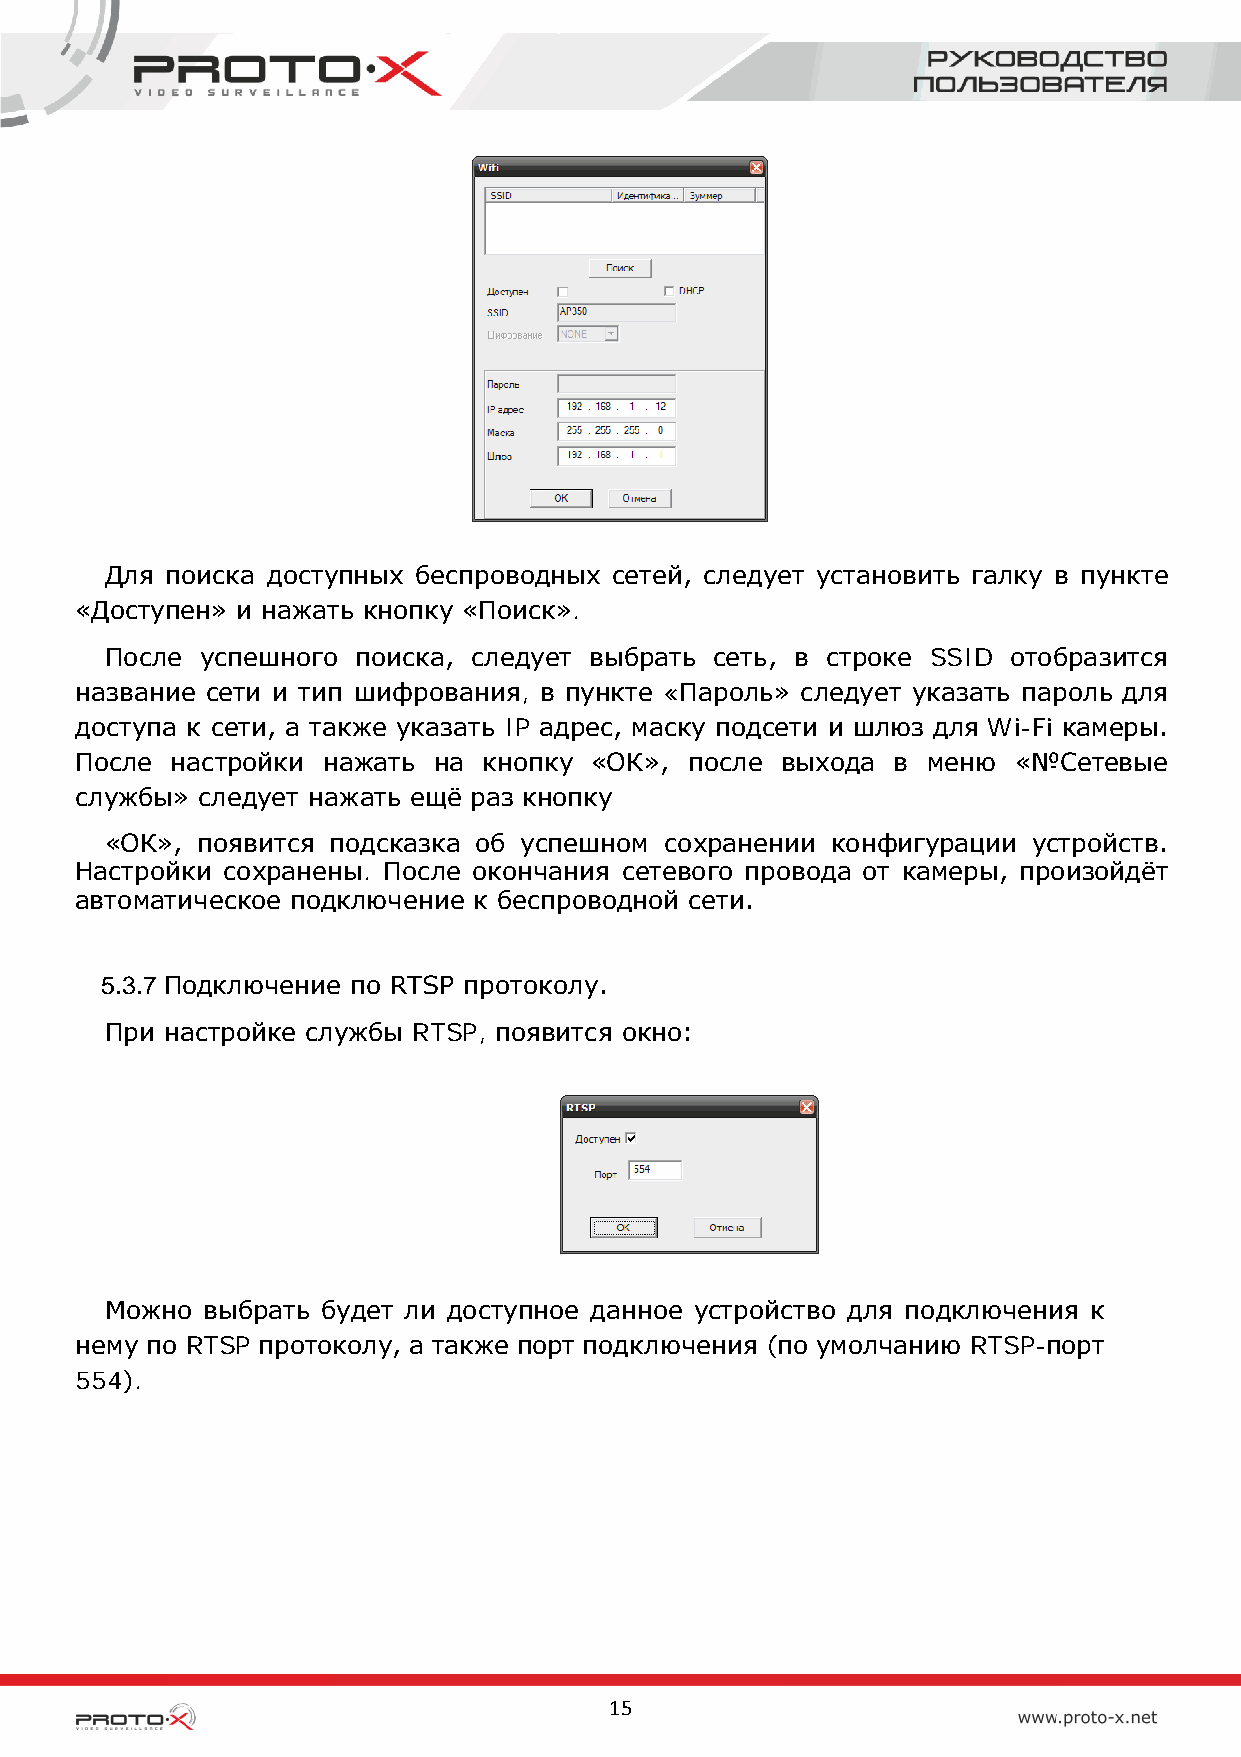
Для поиска доступных беспроводных сетей, следует установить галку в пункте
 «Доступен» и нажать кнопку «Поиск».
 После успешного поиска, следует выбрать сеть, в строке SSID отобразится
 название сети и тип шифрования, в пункте «Пароль» следует указать пароль для
 доступа к сети, а также указать IP адрес, маску подсети и шлюз для Wi-Fi камеры.
 После настройки нажать  на кнопку «ОК»,  после выхода в меню  «№Сетевые
 службы» следует нажать ещё раз кнопку
 «ОК», появится подсказка об успешном сохранении конфигурации устройств.
 Настройки сохранены. После окончания сетевого провода от камеры, произойдёт
 автоматическое подключение к беспроводной сети.
 5.3.7 Подключение по RTSP протоколу.
 При настройке службы RTSP, появится окно:
 Можно выбрать будет ли доступное данное устройство для подключения к
 нему по RTSP протоколу, а также порт подключения (по умолчанию RTSP-порт
 554).
 15